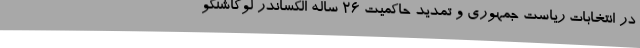
در انتخابات ریاست جمهوری و تمدید حاکمیت 26 ساله الکساندر لوکاشنکو